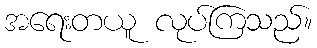
အရေးတယူ လုပ်ကြသည်။